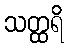
သတ္ထရိ